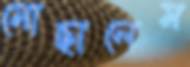
মোছালেম